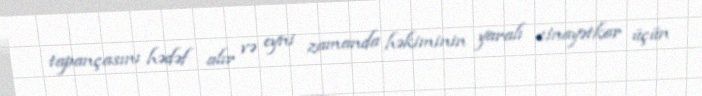
tapançasını hədəf alır və eyni zamanda həkiminin yaralı cinayətkar üçün